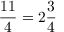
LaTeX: { \frac { 1 1 } { 4 } } = 2 { \frac { 3 } { 4 } }